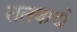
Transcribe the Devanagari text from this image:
ततवाद्ये